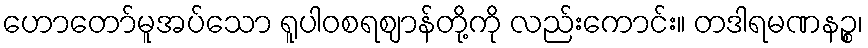
ဟောတော်မူအပ်သော ရူပါဝစရဈာန်တို့ကို လည်းကောင်း။ တဒါရမဏနဉ္စ၊